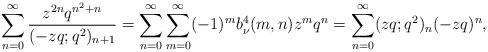
LaTeX: \begin{align*} \sum_{n=0}^{\infty} \frac{z^{2n} q^{n^2+n}}{(-zq;q^2)_{n+1}}=\sum_{n=0}^{\infty}\sum_{m=0}^{\infty}(-1)^mb^4_\nu(m,n)z^mq^n=\sum_{n=0}^{\infty}(zq;q^2)_n(-zq)^n,\end{align*}